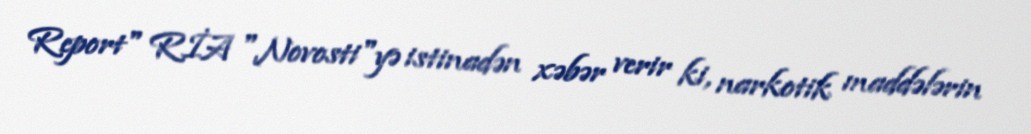
Report" RİA "Novosti"yə istinadən xəbər verir ki, narkotik maddələrin